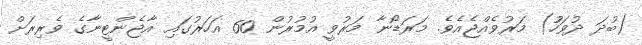
(ބުދަ ދުވަހުު) މަރުވެއްޖެއެވެ. މަރަޑޯނާ މަރުވީ އުމުރުން 60 އަހަރުގައި އާޖެންޓީނާގެ ވެރިރަށް